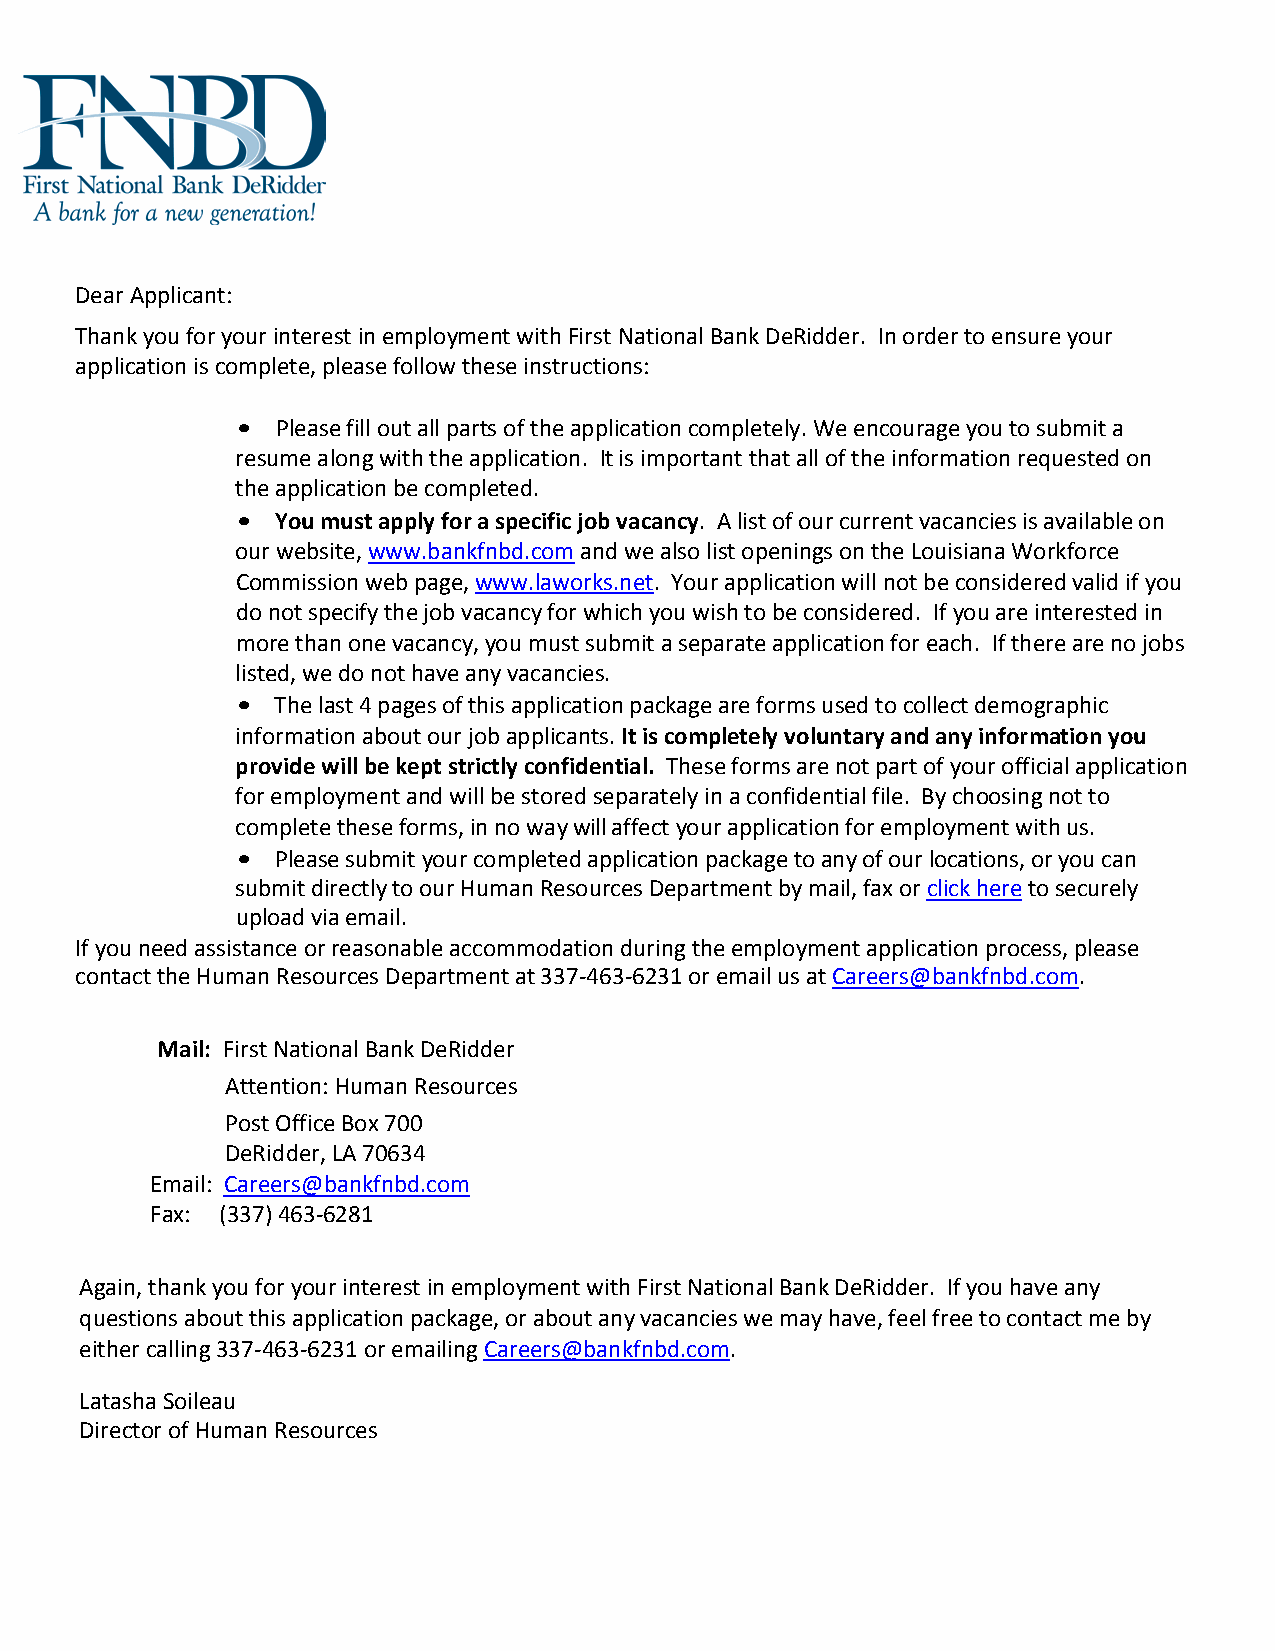
Dear Applicant:
 Thank you for your interest in employment with First National Bank DeRidder. In order to ensure your
 application is complete, please follow these instructions:
 • Please fill out all parts of the application completely. We encourage you to submit a
 resume along with the application. It is important that all of the information requested on
 the application be completed.
 • You must apply for a specific job vacancy. A list of our current vacancies is available on
 our website, www.bankfnbd.com and we also list openings on the Louisiana Workforce
 Commission web page, www.laworks.net. Your application will not be considered valid if you
 do not specify the job vacancy for which you wish to be considered. If you are interested in
 more than one vacancy, you must submit a separate application for each. If there are no jobs
 listed, we do not have any vacancies.
 • The last 4 pages of this application package are forms used to collect demographic
 information about our job applicants. It is completely voluntary and any information you
 provide will be kept strictly confidential. These forms are not part of your official application
 for employment and will be stored separately in a confidential file. By choosing not to
 complete these forms, in no way will affect your application for employment with us.
 • Please submit your completed application package to any of our locations, or you can
 submit directly to our Human Resources Department by mail, fax or click here to securely
 upload via email.
 If you need assistance or reasonable accommodation during the employment application process, please
 contact the Human Resources Department at 337-463-6231 or email us at Careers@bankfnbd.com.
 Mail: First National Bank DeRidder
 Attention: Human Resources
 Post Office Box 700
 DeRidder, LA 70634
 Email: Careers@bankfnbd.com
 Fax: (337) 463-6281
 Again, thank you for your interest in employment with First National Bank DeRidder. If you have any
 questions about this application package, or about any vacancies we may have, feel free to contact me by
 either calling 337-463-6231 or emailing Careers@bankfnbd.com.
 Latasha Soileau
 Director of Human Resources